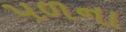
પળના